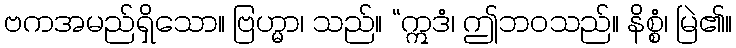
ဗကအမည်ရှိသော။ ဗြဟ္မာ၊ သည်။ “ဣဒံ၊ ဤဘဝသည်။ နိစ္စံ၊ မြဲ၏။